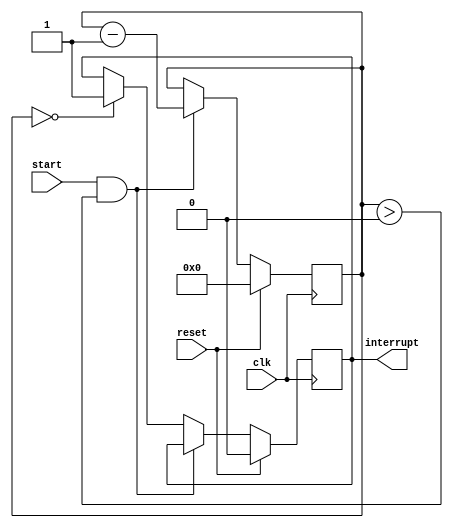
module countdown_timer (
    input wire clk,
    input wire start,
    input wire reset,
    output reg interrupt
);

reg [31:0] count;

always @(posedge clk) begin
    if (reset) begin
        count <= 32'b0;
        interrupt <= 1'b0;
    end else begin
        if (start && count > 0) begin
            count <= count - 1;
        end else if (count == 0) begin
            interrupt <= 1'b1;
        end
    end
end

endmodule